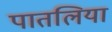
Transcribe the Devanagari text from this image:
पातलिया